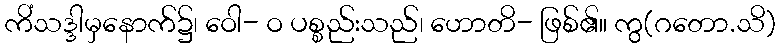
ကိံသဒ္ဒါမှနောက်၌၊ ဝေါ- ဝ ပစ္စည်းသည်၊ ဟောတိ- ဖြစ်၏။ ကွ(ဂတော.သိ)